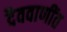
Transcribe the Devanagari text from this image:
दैववाणींत